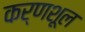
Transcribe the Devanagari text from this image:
कर्णशूल